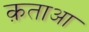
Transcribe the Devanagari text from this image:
क़ताआ